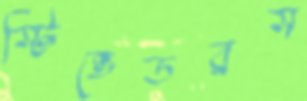
স্টিভেডরস